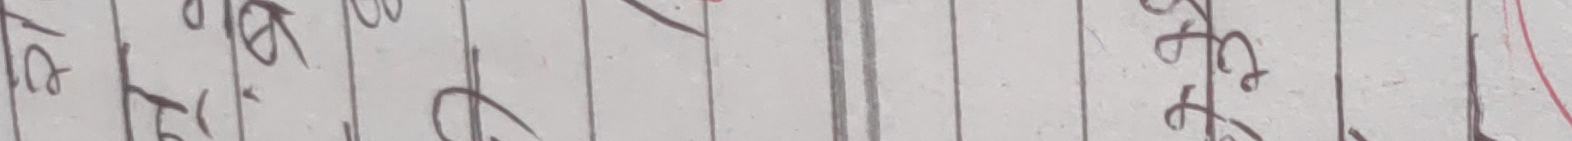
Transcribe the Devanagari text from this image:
कठि हो